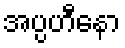
အပ္ပဟီနော